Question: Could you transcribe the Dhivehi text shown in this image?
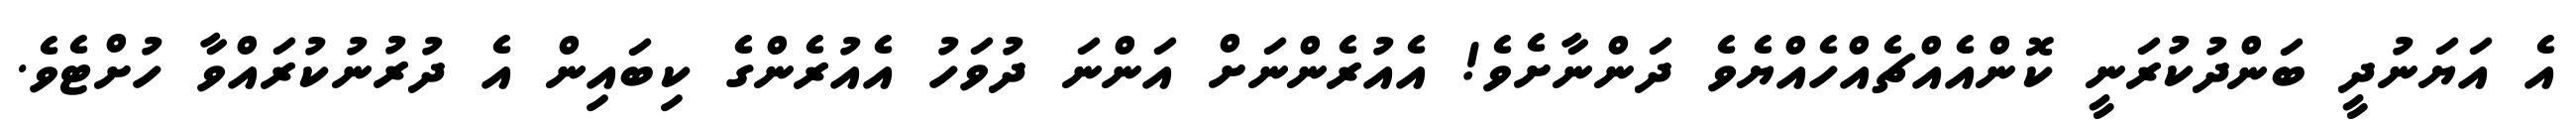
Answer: އެ އަޔަނުދީ ބަންދުކުރަނީ ކޮންއެއްޗެއްހެއްޔެވެ ދަންނާށެވެ! އެއުރެންނަށް އަންނަ ދުވަހު އެއުރެންގެ ކިބައިން އެ ދުރުނުކުރައްވާ ހުށްޓެވެ.